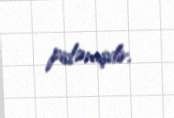
pisləmişdir.